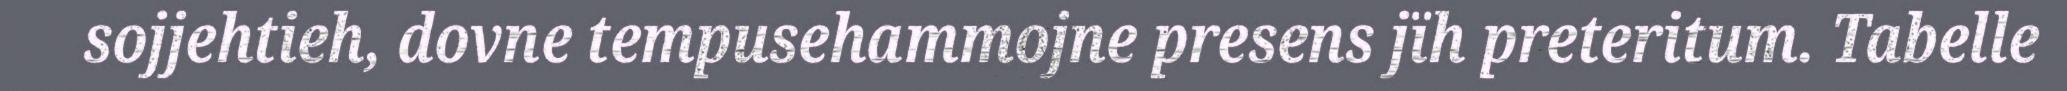
sojjehtieh, dovne tempusehammojne presens jïh preteritum. Tabelle